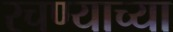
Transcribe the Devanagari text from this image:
रचण्याच्या